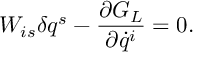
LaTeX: W _ { i s } \delta q ^ { s } - { \frac { \partial G _ { L } } { \partial \dot { q } ^ { i } } } = 0 .